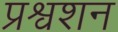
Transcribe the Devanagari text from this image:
प्रश्वशन